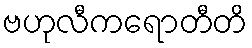
ဗဟုလီကရောတီတိ